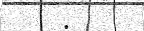
: